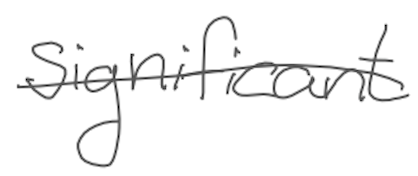
Text: significant
Cross-out: single-line
Writing tool: digital_gray